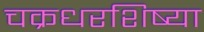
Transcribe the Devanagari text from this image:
चक्रधरशिष्या